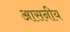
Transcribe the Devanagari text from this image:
आसनीय